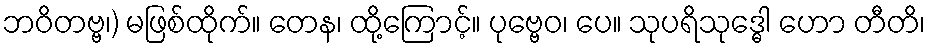
ဘဝိတဗ္ဗ၊) မဖြစ်ထိုက်။ တေန၊ ထို့ကြောင့်။ ပုဗ္ဗေဝ၊ ပေ။ သုပရိသုဒ္ဓေါ ဟော တီတိ၊